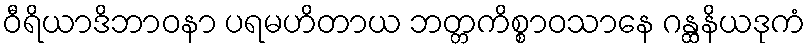
ဝီရိယာဒိဘာဝနာ ပရမဟိတာယ ဘတ္တကိစ္စာဝသာနေ ဂန္ထနိယဒုကံ